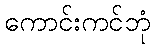
ကောင်းကင်ဘုံ